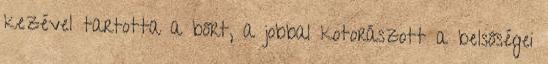
kezével tartotta a bőrt, a jobbal kotorászott a belsőségei